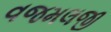
વજમલજી